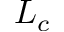
L _ { c }